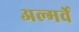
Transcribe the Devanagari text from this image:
अल्गर्वे